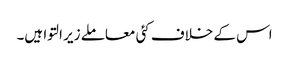
اس کے خلاف کئی معاملے زیر التوا ہیں۔